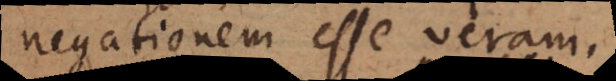
negationem esse veram.